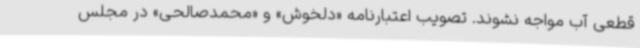
قطعی آب مواجه نشوند. تصویب اعتبارنامه «دلخوش» و «محمدصالحی» در مجلس